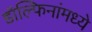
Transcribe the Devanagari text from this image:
डॉल्फिनांमध्ये